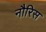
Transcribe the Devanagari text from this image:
नौरिस